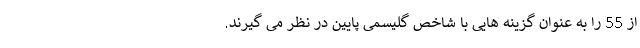
از 55 را به عنوان گزینه هایی با شاخص گلیسمی پایین در نظر می گیرند.